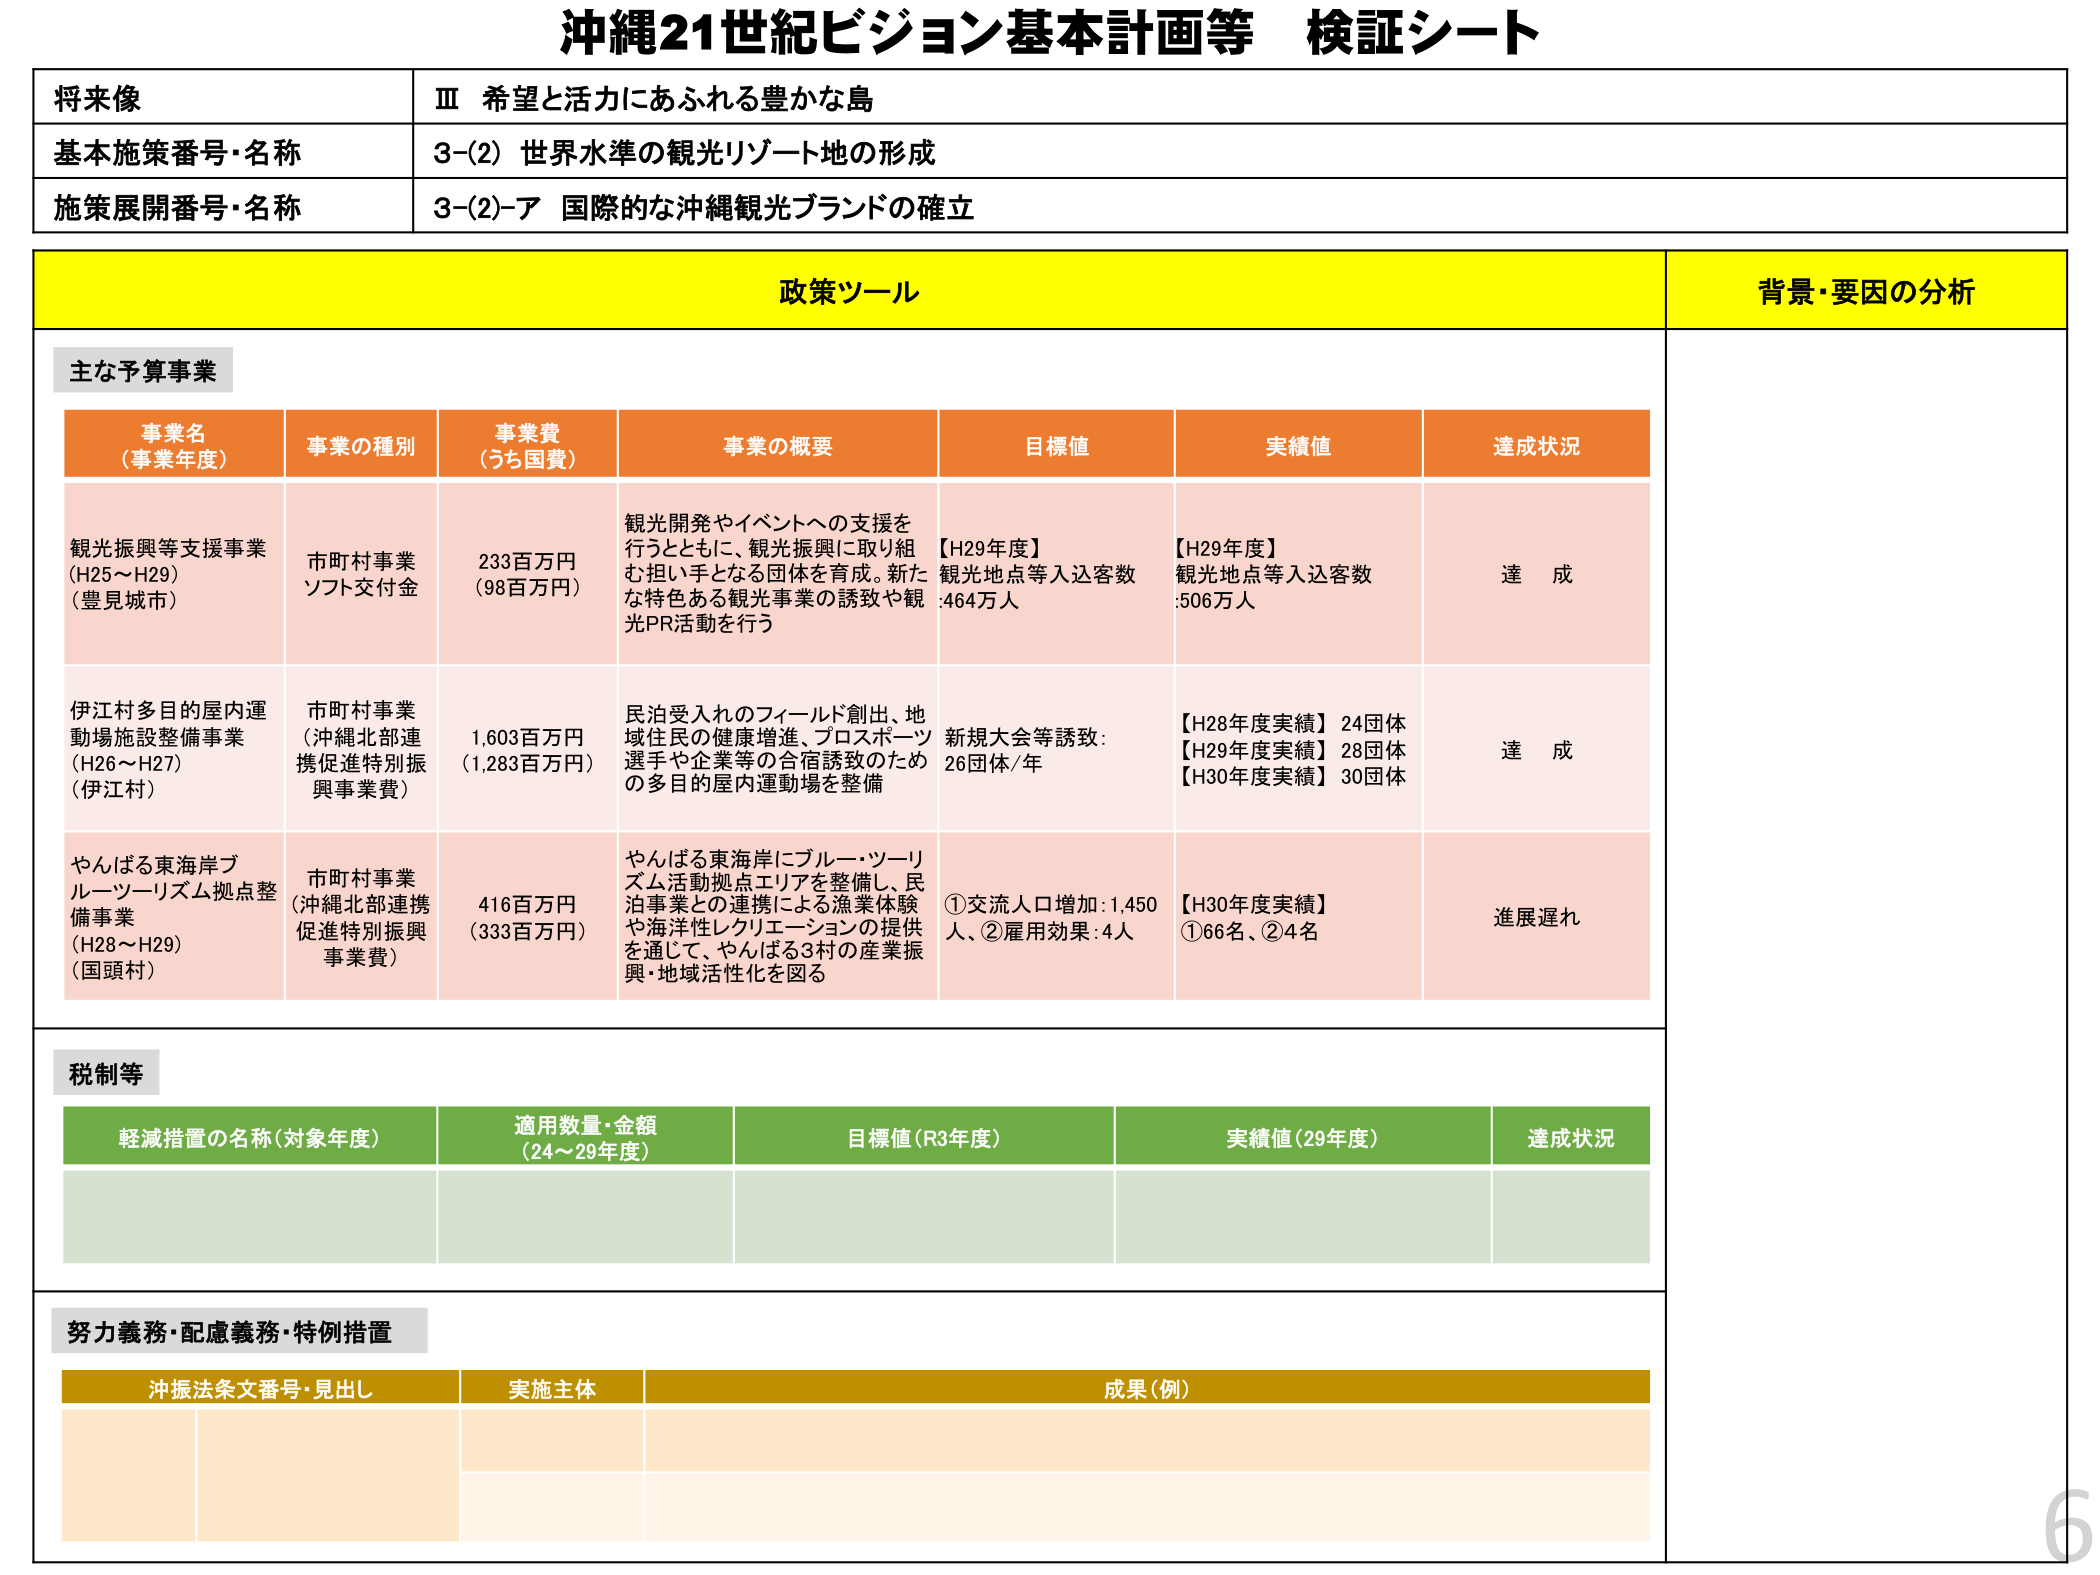
沖縄21世紀ビジョン基本計画等 検証シート

将来像
Ⅲ 希望と活力にあふれる豊かな島

基本施策番号・名称
3-(2) 世界水準の観光リゾート地の形成

施策展開番号・名称
3-(2)-ア 国際的な沖縄観光ブランドの確立

政策ツール
背景・要因の分析

主な予算事業

事業名（事業年度）
事業の種別
事業費（うち国費）
事業の概要
目標値
実績値
達成状況

観光振興等支援事業（H25～H29）（豊見城市）
市町村事業 ソフト交付金
233百万円（98百万円）
観光開発やイベントへの支援を行うとともに、観光振興に取り組む担い手となる団体を育成。新たな特色ある観光事業の誘致や観光PR活動を行う
【H29年度】観光地点等入込客数：464万人
【H29年度】観光地点等入込客数：506万人
達成

伊江村多目的屋内運動場施設整備事業（H26～H27）（伊江村）
市町村事業（沖縄北部連携促進特別振興事業費）
1,603百万円（1,283百万円）
民泊受入れのフィールド創出、地域住民の健康増進、プロスポーツ選手や企業等の合宿誘致のための多目的屋内運動場を整備
新規大会等誘致：26団体/年
【H28年度実績】24団体【H29年度実績】28団体【H30年度実績】30団体
達成

やんばる東海岸ブルーツーリズム拠点整備事業（H28～H29）（国頭村）
市町村事業（沖縄北部連携促進特別振興事業費）
416百万円（333百万円）
やんばる東海岸にブルー・ツーリズム活動拠点エリアを整備し、民泊事業との連携による漁業体験や海洋性レクリエーションの提供を通じて、やんばる3村の産業振興・地域活性化を図る
①交流人口増加：1,450人、②雇用効果：4人
【H30年度実績】①66名、②4名
進展遅れ

税制等

軽減措置の名称（対象年度）
適用数量・金額（24～29年度）
目標値（R3年度）
実績値（29年度）
達成状況

努力義務・配慮義務・特例措置

沖振法条文番号・見出し
実施主体
成果（例）

6